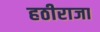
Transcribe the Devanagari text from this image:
हठीराजा